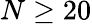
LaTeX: N\ge 20